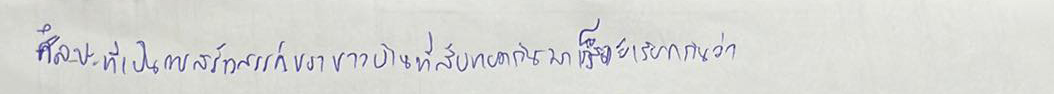
ศิลปะที่เป็นการสร้างสรรค์ของชาวบ้านที่สืบทอดกันมาก็จะเรียกกันว่า